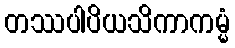
တဿပါပိယသိကာကမ္မံ